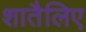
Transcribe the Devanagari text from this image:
शातैलिए